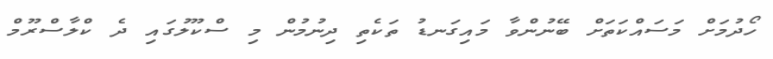
ހޯދުމަށް މަސައްކަތަށް ބޭނުންވާ މައިގަނޑު ތަކެތި ދިނުމުން މި ސްކޫލުގައި ދެ ކްލާސްރޫމް